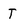
Character: T